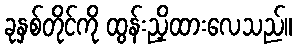
ခုနှစ်တိုင်ကို ထွန်းညှိထားလေသည်။